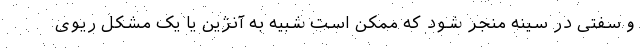
و سفتی در سینه منجر شود که ممکن است شبیه به آنژین یا یک مشکل ریوی